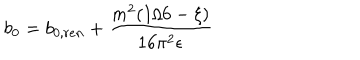
LaTeX: b _ { 0 } = b _ { 0 , r e n } + { \frac { m ^ { 2 } ( 1 / 6 - \xi ) } { 1 6 \pi ^ { 2 } \epsilon } }